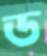
ড